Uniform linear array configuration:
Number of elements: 8
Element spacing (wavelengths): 0.5
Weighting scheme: uniform
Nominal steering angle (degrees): -15
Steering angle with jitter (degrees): -16.602
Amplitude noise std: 0.05
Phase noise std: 0.05

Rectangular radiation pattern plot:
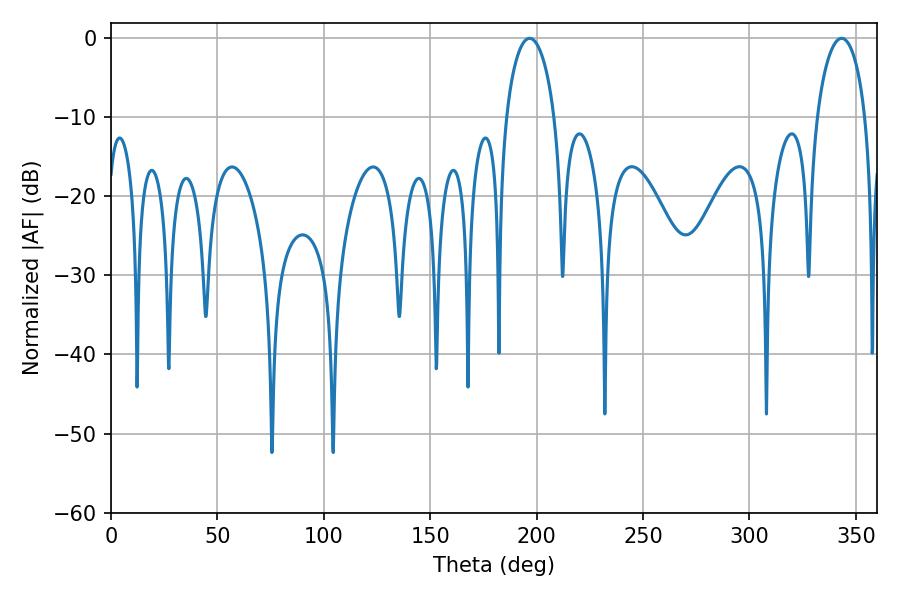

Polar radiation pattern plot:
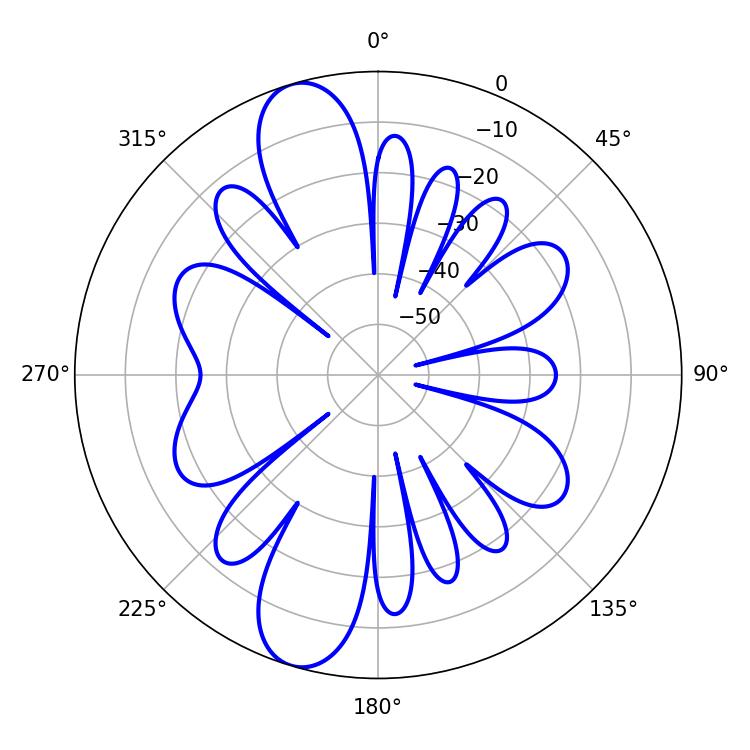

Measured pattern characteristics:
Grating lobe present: FALSE
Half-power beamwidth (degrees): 13.14
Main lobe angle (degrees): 343.26